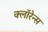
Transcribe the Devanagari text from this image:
क्लॉरेन्स